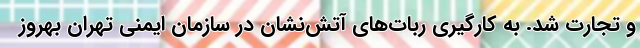
و تجارت شد. به کارگیری ربات‌های آتش‌نشان در سازمان ایمنی تهران بهروز